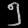
Digit: ၅